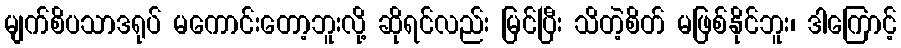
မျက်စိပသာဒရုပ် မကောင်းတော့ဘူးလို့ ဆိုရင်လည်း မြင်ပြီး သိတဲ့စိတ် မဖြစ်နိုင်ဘူး၊ ဒါကြောင့်